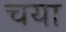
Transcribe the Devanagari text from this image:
चया